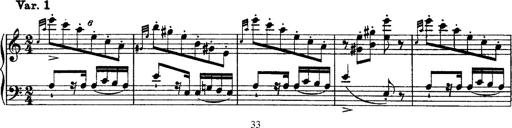
Title: Grandes Ã©tudes de Paganini
Composer: Franz Liszt